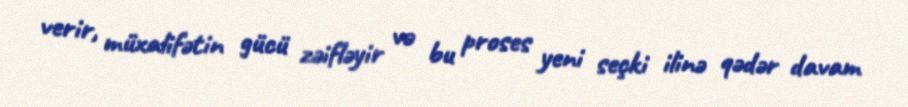
verir, müxalifətin gücü zəifləyir və bu proses yeni seçki ilinə qədər davam